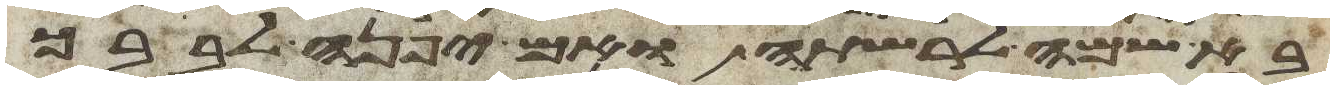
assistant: בא שמה לרשתה ואם יפנה לבבך